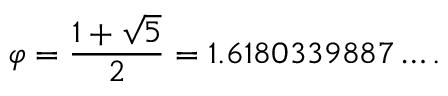
\varphi = { \frac { 1 + { \sqrt { 5 } } } { 2 } } = 1 . 6 1 8 0 3 3 9 8 8 7 \ldots .